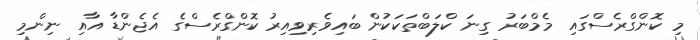
މި ކޮންގްރެސްގައި މެމްބަރު ގިނަ ކްލަބްތަކަކުން ބައިވެރިވިއިރު ކޮންގްރެސްގެ އެޖެންޑާ އާއި ނިންމި